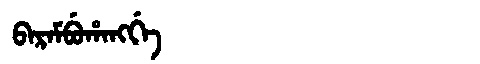
Manchu: ᠪᠠᡵᠠᠮᠪᡠᡥᠠᠩᡤᡝ
Romanization: BARAMBUHANGGE